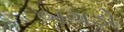
બગડો